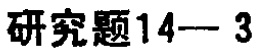
研究题14— 3